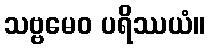
သဗ္ဗမေဝ ပရိဿယံ။